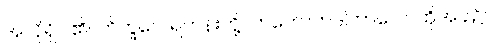
အလိုရှိပါ၏။ ဘိက္ခဝေ၊ ရဟန်းတို့။ တတောတဒါကာလေ၊ ထိုအခါ၌။